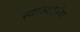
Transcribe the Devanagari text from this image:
स्वास्थदर्पण